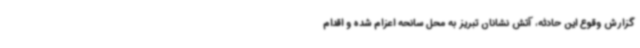
گزارش وقوع این حادثه، آتش نشانان تبریز به محل سانحه اعزام شده و اقدام